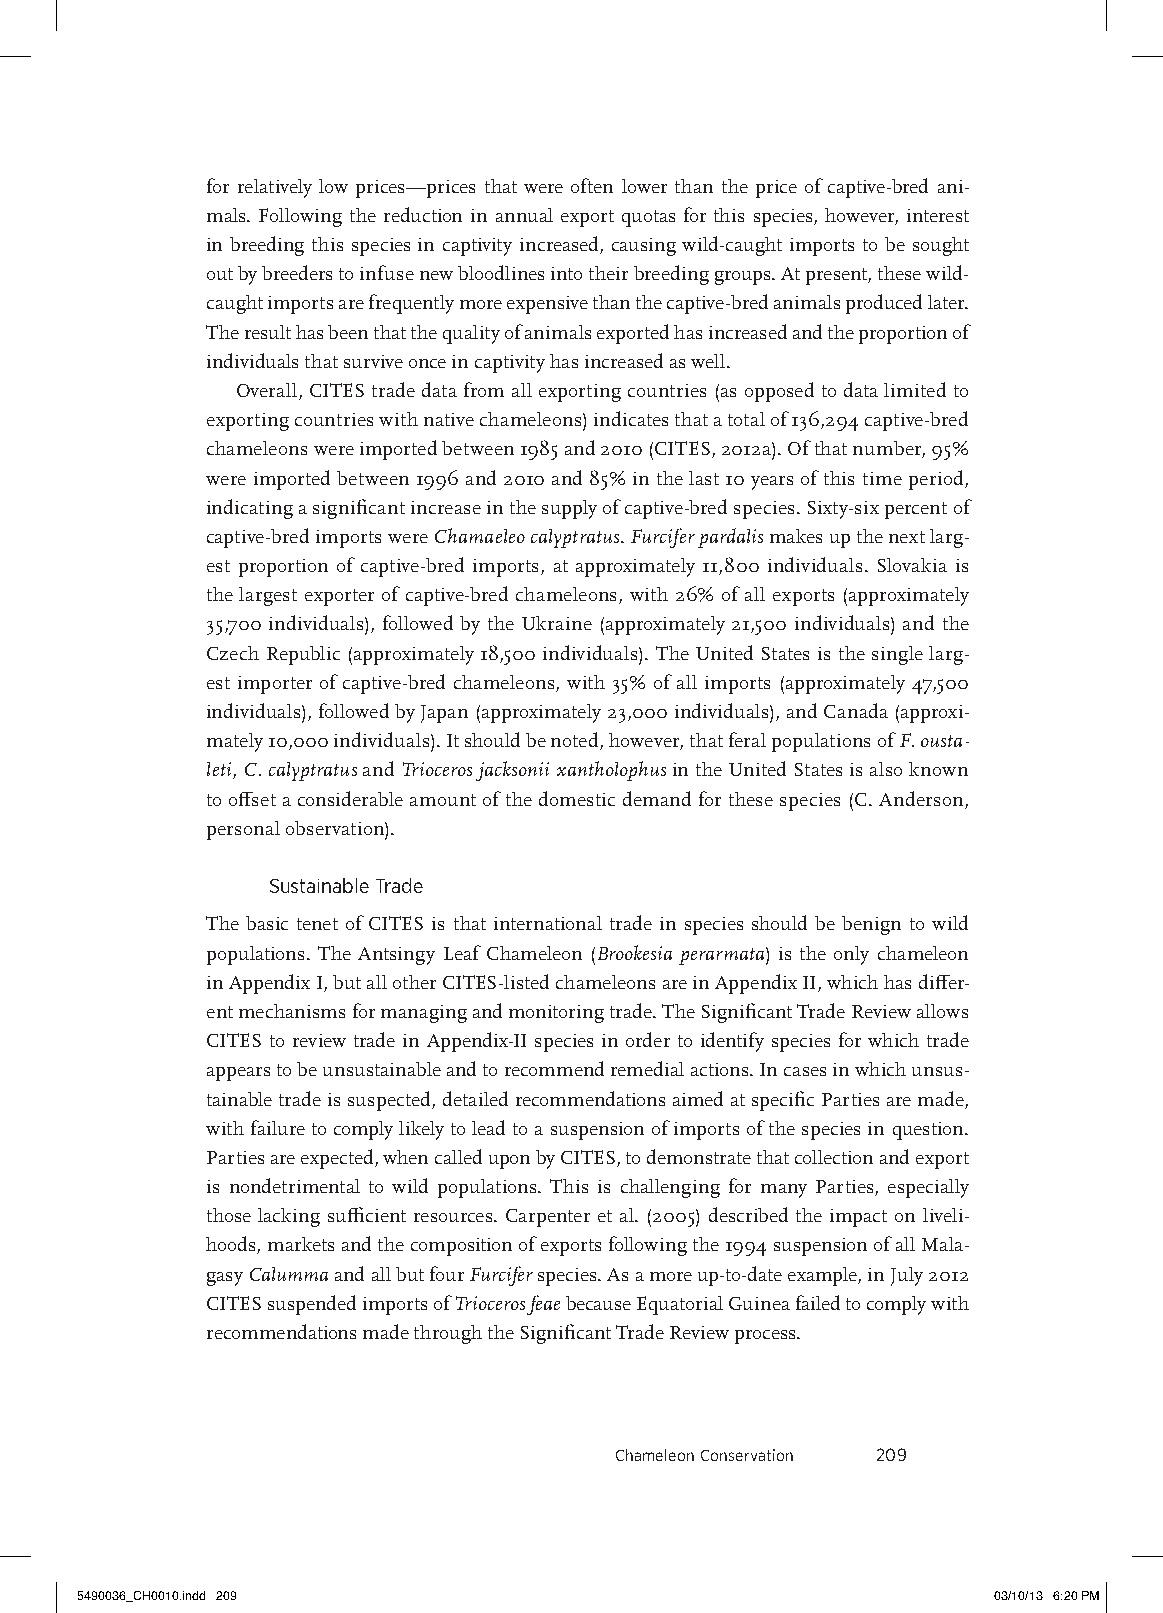
for relatively low prices—prices that were often lower than the price of captive-bred ani-
 mals. Following the reduction in annual export quotas for this species, however, interest
 in breeding this species in captivity increased, causing wild-caught imports to be sought
 out by breeders to infuse new bloodlines into their breeding groups. At present, these wild-
 caught imports are frequently more expensive than the captive-bred animals produced later.
 The result has been that the quality of animals exported has increased and the proportion of
 individuals that survive once in captivity has increased as well.
 Overall, CITES trade data from all exporting countries (as opposed to data limited to
 exporting countries with native chameleons) indicates that a total of 136,294 captive-bred
 chameleons were imported between 1985 and 2010 (CITES, 2012a). Of that number, 95%
 were imported between 1996 and 2010 and 85% in the last 10 years of this time period,
 indicating a significant increase in the supply of captive-bred species. Sixty-six percent of
 captive-bred imports were Chamaeleo calyptratus. Furcifer pardalis makes up the next larg-
 est proportion of captive-bred imports, at approximately 11,800 individuals. Slovakia is
 the largest exporter of captive-bred chameleons, with 26% of all exports (approximately
 35,700 individuals), followed by the Ukraine (approximately 21,500 individuals) and the
 Czech Republic (approximately 18,500 individuals). The United States is the single larg-
 est importer of captive-bred chameleons, with 35% of all imports (approximately 47,500
 individuals), followed by Japan (approximately 23,000 individuals), and Canada (approxi-
 mately 10,000 individuals). It should be noted, however, that feral populations of F. ousta-
 leti, C. calyptratus and Trioceros jacksonii xantholophus in the United States is also known
 to offset a considerable amount of the domestic demand for these species (C. Anderson,
 personal observation).
 sustainable trade
 The basic tenet of CITES is that international trade in species should be benign to wild
 populations. The Antsingy Leaf Chameleon (Brookesia perarmata) is the only chameleon
 in Appendix I, but all other CITES-listed chameleons are in Appendix II, which has differ-
 ent mechanisms for managing and monitoring trade. The Significant Trade Review allows
 CITES to review trade in Appendix-II species in order to identify species for which trade
 appears to be unsustainable and to recommend remedial actions. In cases in which unsus-
 tainable trade is suspected, detailed recommendations aimed at specific Parties are made,
 with failure to comply likely to lead to a suspension of imports of the species in question.
 Parties are expected, when called upon by CITES, to demonstrate that collection and export
 is nondetrimental to wild populations. This is challenging for many Parties, especially
 those lacking sufficient resources. Carpenter et al. (2005) described the impact on liveli-
 hoods, markets and the composition of exports following the 1994 suspension of all Mala-
 gasy Calumma and all but four Furcifer species. As a more up-to-date example, in July 2012
 CITES suspended imports of Trioceros feae because Equatorial Guinea failed to comply with
 recommendations made through the Significant Trade Review process.
 Chameleon Conservation 209
 5490036_CH0010.indd 209                                      03/10/13 6:20 PM